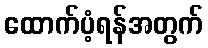
ထောက်ပံ့ရန်အတွက်